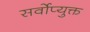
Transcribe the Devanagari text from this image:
सर्वोप्युक्त